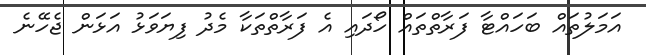
އަމަލުތައް ބަހައްޓާ ފަރާތްތައް ހޯދައި އެ ފަރާތްތަކާ މެދު ފިޔަވަޅު އަޅަން ޖެހޭނެ